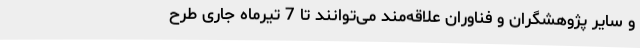
و سایر پژوهشگران و فناوران علاقه‌مند می‌توانند تا 7 تیرماه جاری طرح